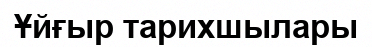
Ұйғыр тарихшылары